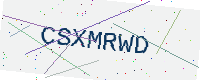
Text: CSXMRWD